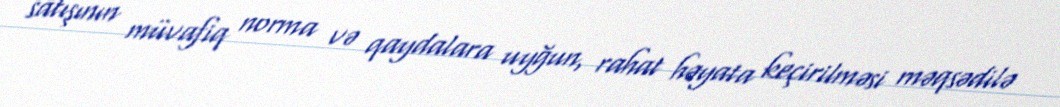
satışının müvafiq norma və qaydalara uyğun, rahat həyata keçirilməsi məqsədilə